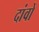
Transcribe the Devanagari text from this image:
दांवों